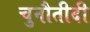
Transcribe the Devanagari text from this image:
चुनौतीदी